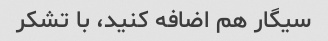
سیگار هم اضافه کنید، با تشکر